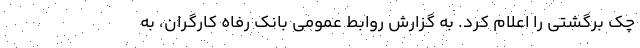
چک برگشتی را اعلام کرد. به گزارش روابط عمومی بانک رفاه کارگران، به